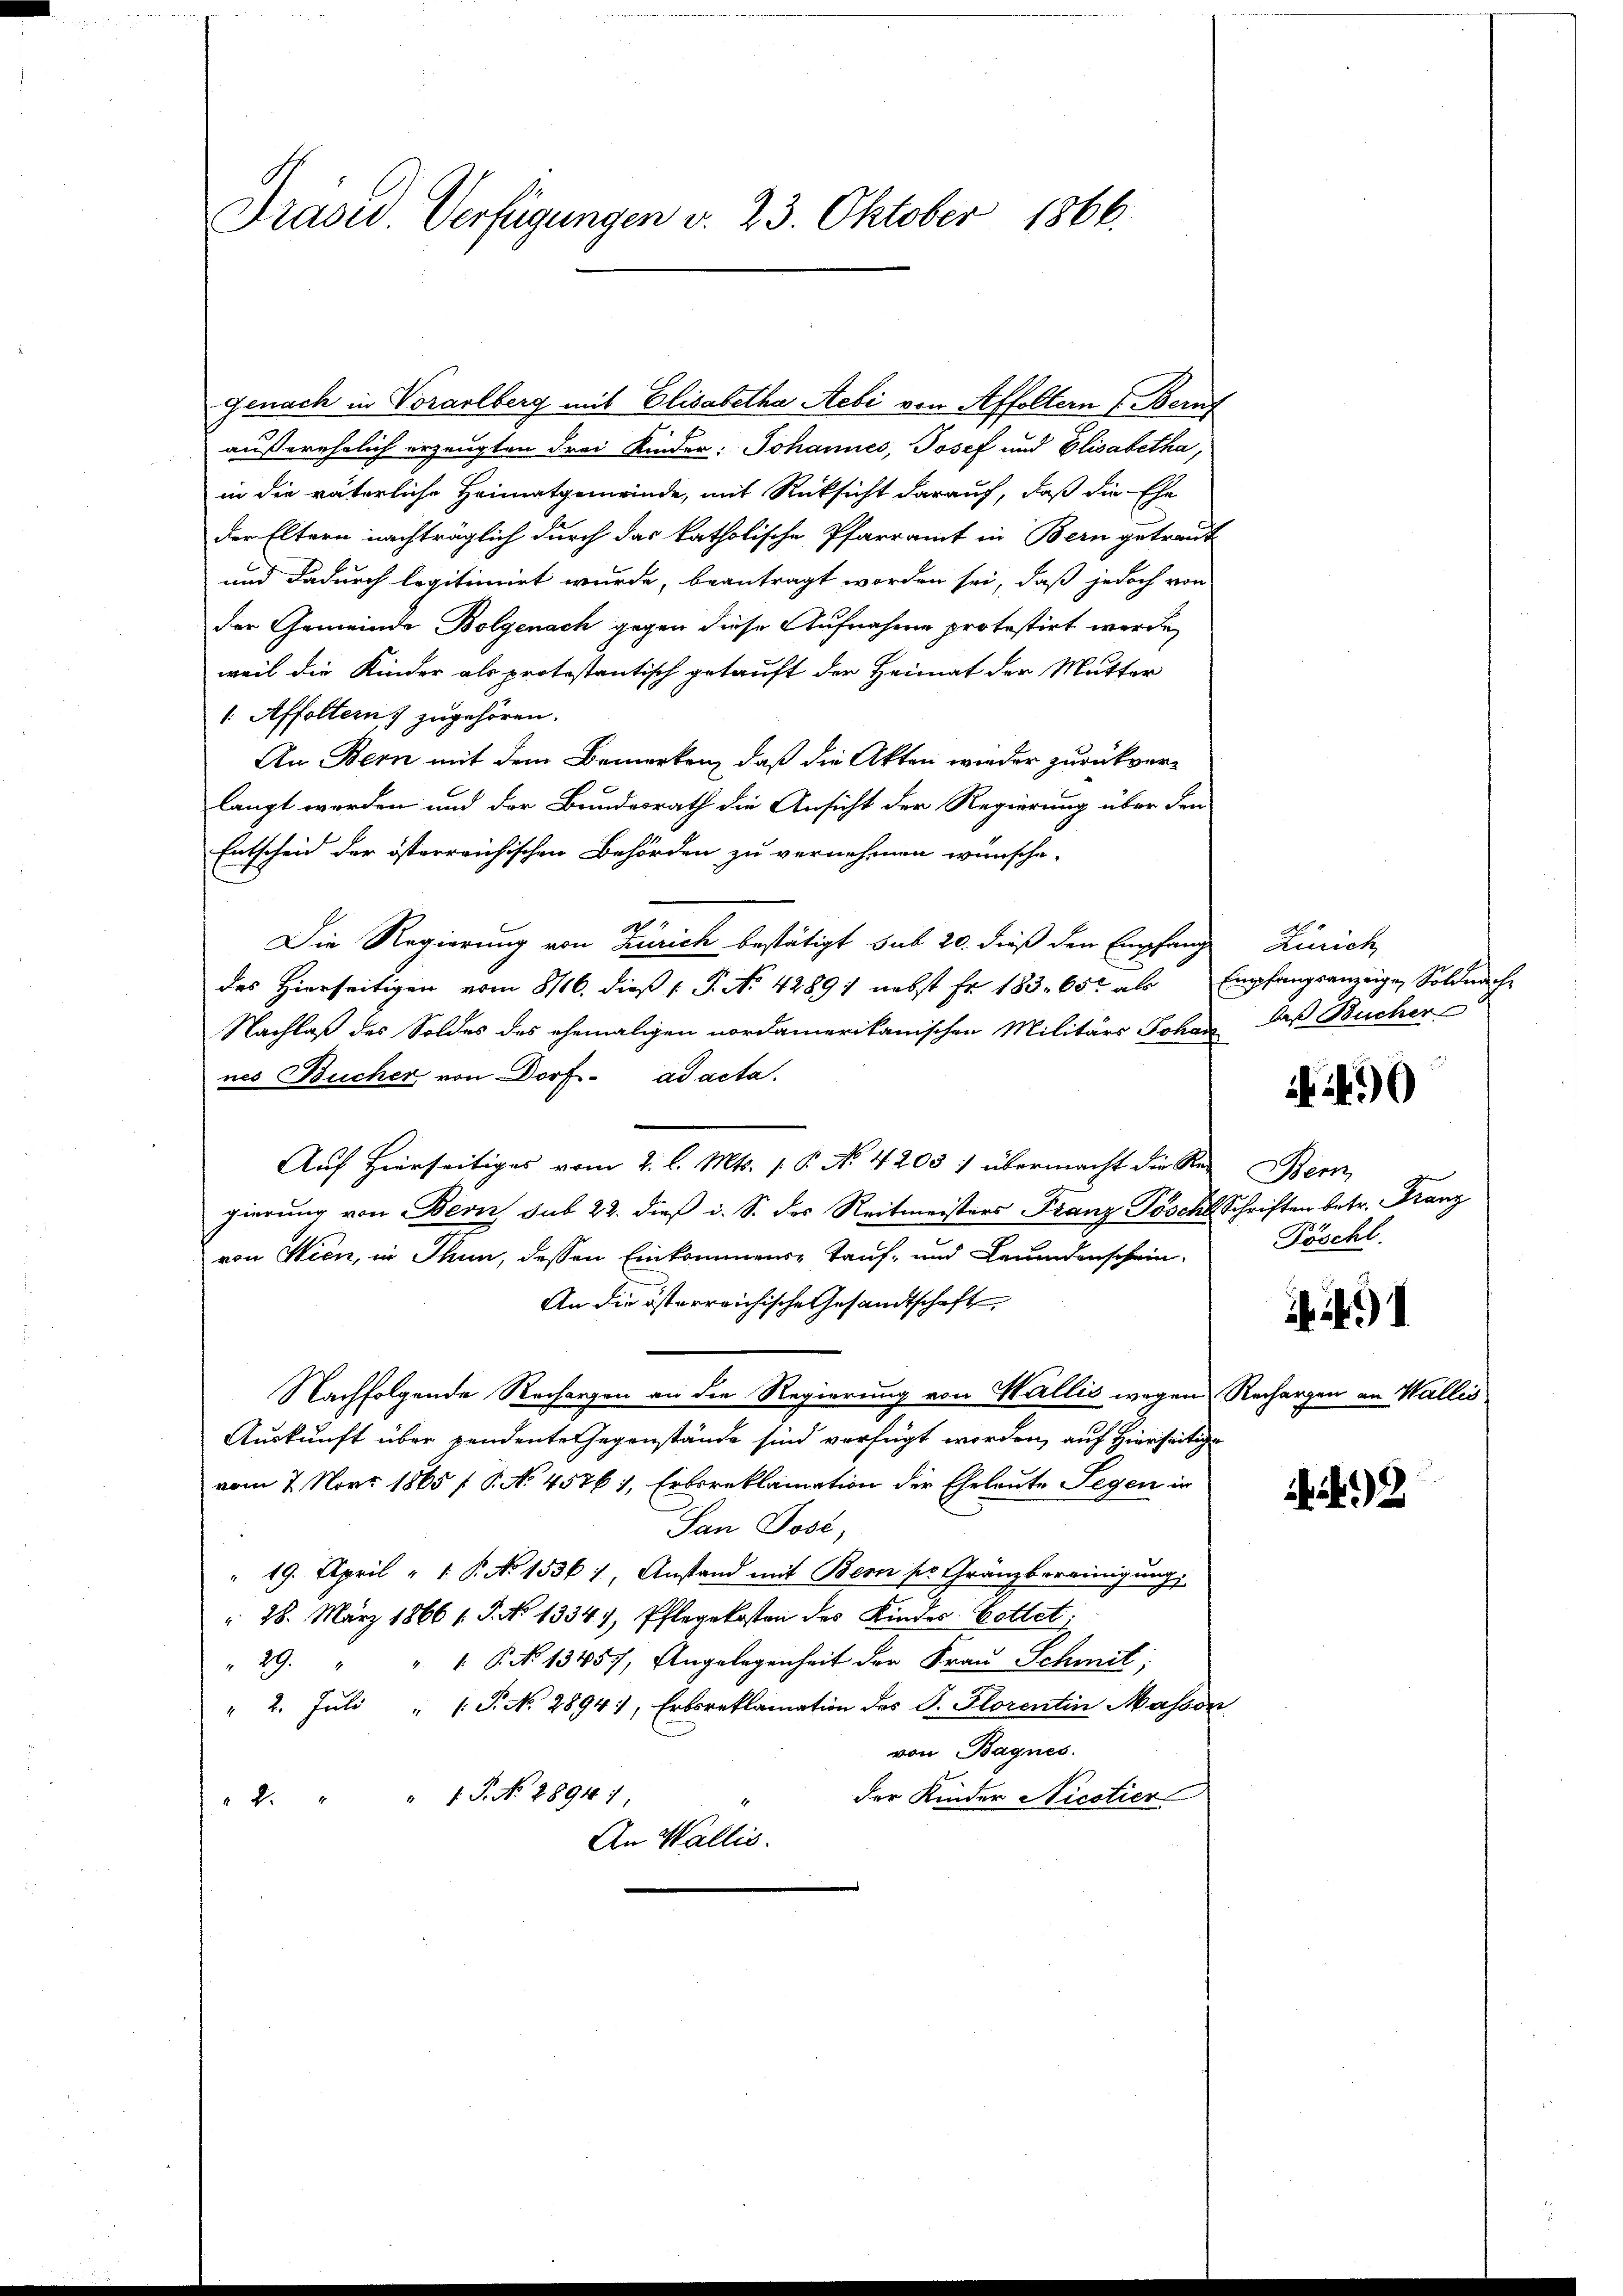
Präsid. Verfügungen d. 23. Oktober 1866.

Genach in Vorarlberg mit Elisabetha Aebi von Affoltern (Beruf
außerehrlich erzeugten drei Kinder: Johannes, Josef und Elisabetha,
in die väterliche Heimatgemeinde, mit Rücksicht darauf, daß die Ehe
der Eltern nachträglich durch das katholische Pfarramt in Bern getraut
und dadurch legitimirt wurde, beantragt worden sei, daß jedoch von
der Gemeinde Bolgenach gegen diese Aufnahme protestirt werde,
weil die Kinder als protestantisch getauft der Heimat der Mutter
1. Affoltern zugehören.
An Bern mit dem Bemerken, daß die Akten wieder zurückverlangt worden und der Bundesrath die Ansicht der Regierung über den
Entscheid der österreichischen Behörden zu vernehmen wünsche.
Die Regierung von Zürich bestätigt sub 20. dieß den Empfange Zinich
des Hierseitigen vom 8/16. dieβ (: P. No 4289 1 nebst fr. 183. 65. als Empfangsanzeige, Soldnache
Nachlaß des Soldes des ehemaligen nordamerikanischen Militärs Johay, daß Bücher
nes Bucher von Dorf- ad acta.
Auf hierseitiges vom 2. l. Mts. 1. P. No 4205: übermacht die Red Bern,
gierung von Bern sub 22. dieß i. S. des Reitmeisters Franz Pöschl Schriften betr. Franz
von Wien, in Thun, dessen Einkommens-Tauf- und Leumdenschein
An die österreichische Gesandtschaft
Nachfolgende Rechargen an die Regierung von Wallis wegen Rechargen an Wallis
Auskunft über pendente Gegenstände sind verfügt worden, auf Hierseitige
vom 7. Novr 1865 f. No 45761, Erbsreklamation der Eheleute Segen in
San Jose,
 19. April " 1. P. No 15361, Anstand mit Bern pr. Gränzbereinigung
 28. März 1866 l. J. No 1334), Pflegekosten des Kindes Bettet;
" 29. " " " P. No 13457, Angelegenheit der Fraŭ Schmit;
" 2. Jŭli "  P. N. 2894, Erbsreklamation des P. Florentin Masson
von Bagnes.
der Kinder Nicotier
" 2 " " 1 S. No. 2894/
An Wallis.

240

Pöschl.

)1

2